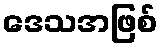
ဒေသအဖြစ်